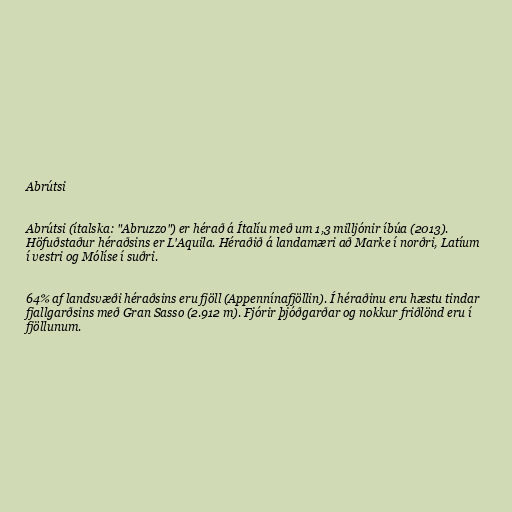
Abrútsi

Abrútsi (ítalska: "Abruzzo") er hérað á Ítalíu með um 1,3 milljónir íbúa (2013).
Höfuðstaður héraðsins er L'Aquila. Héraðið á landamæri að Marke í norðri, Latíum
í vestri og Mólíse í suðri.

64% af landsvæði héraðsins eru fjöll (Appennínafjöllin). Í héraðinu eru hæstu tindar
fjallgarðsins með Gran Sasso (2.912 m). Fjórir þjóðgarðar og nokkur friðlönd eru í
fjöllunum.